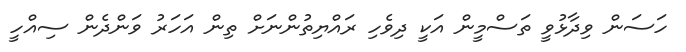
ހަސަން ވިދާޅުވީ ތަސްމީން އަކީ ދިވެހި ރައްޔިތުންނަށް ތިން އަހަރު ވަންދެން ސިއްހީ